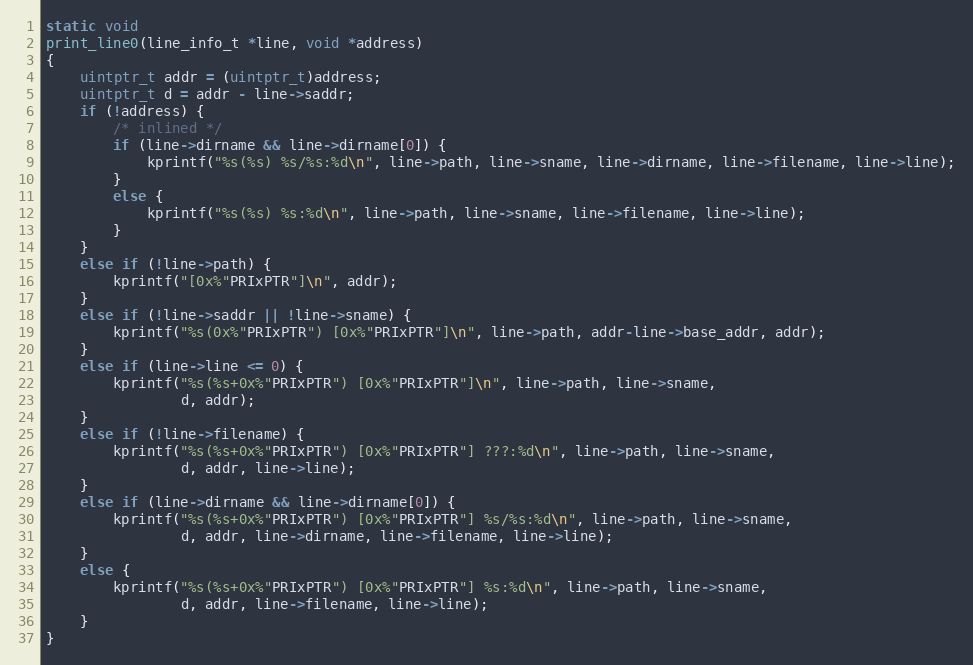
Language: C
static void
print_line0(line_info_t *line, void *address)
{
    uintptr_t addr = (uintptr_t)address;
    uintptr_t d = addr - line->saddr;
    if (!address) {
        /* inlined */
        if (line->dirname && line->dirname[0]) {
            kprintf("%s(%s) %s/%s:%d\n", line->path, line->sname, line->dirname, line->filename, line->line);
        }
        else {
            kprintf("%s(%s) %s:%d\n", line->path, line->sname, line->filename, line->line);
        }
    }
    else if (!line->path) {
        kprintf("[0x%"PRIxPTR"]\n", addr);
    }
    else if (!line->saddr || !line->sname) {
        kprintf("%s(0x%"PRIxPTR") [0x%"PRIxPTR"]\n", line->path, addr-line->base_addr, addr);
    }
    else if (line->line <= 0) {
        kprintf("%s(%s+0x%"PRIxPTR") [0x%"PRIxPTR"]\n", line->path, line->sname,
                d, addr);
    }
    else if (!line->filename) {
        kprintf("%s(%s+0x%"PRIxPTR") [0x%"PRIxPTR"] ???:%d\n", line->path, line->sname,
                d, addr, line->line);
    }
    else if (line->dirname && line->dirname[0]) {
        kprintf("%s(%s+0x%"PRIxPTR") [0x%"PRIxPTR"] %s/%s:%d\n", line->path, line->sname,
                d, addr, line->dirname, line->filename, line->line);
    }
    else {
        kprintf("%s(%s+0x%"PRIxPTR") [0x%"PRIxPTR"] %s:%d\n", line->path, line->sname,
                d, addr, line->filename, line->line);
    }
}